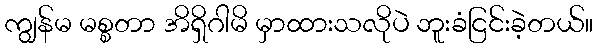
ကျွန်မ မစ္စတာ အိရှိဂါမိ မှာထားသလိုပဲ ဘူးခံငြင်းခဲ့တယ်။